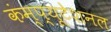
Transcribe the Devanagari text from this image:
कंम्‍प्‍यूटेशनल